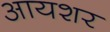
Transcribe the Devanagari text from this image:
आयशर